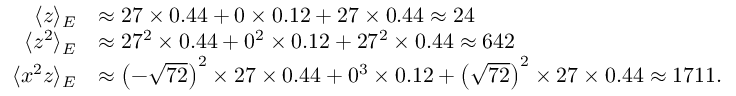
\begin{array} { r l } { \langle \mathscr { z } \rangle _ { E } } & { \approx 2 7 \times 0 . 4 4 + 0 \times 0 . 1 2 + 2 7 \times 0 . 4 4 \approx 2 4 } \\ { \langle \mathscr { z } ^ { 2 } \rangle _ { E } } & { \approx 2 7 ^ { 2 } \times 0 . 4 4 + 0 ^ { 2 } \times 0 . 1 2 + 2 7 ^ { 2 } \times 0 . 4 4 \approx 6 4 2 } \\ { \langle \mathscr { x } ^ { 2 } \mathscr { z } \rangle _ { E } } & { \approx \left( - \sqrt { 7 2 } \right) ^ { 2 } \times 2 7 \times 0 . 4 4 + 0 ^ { 3 } \times 0 . 1 2 + \left( \sqrt { 7 2 } \right) ^ { 2 } \times 2 7 \times 0 . 4 4 \approx 1 7 1 1 . } \end{array}